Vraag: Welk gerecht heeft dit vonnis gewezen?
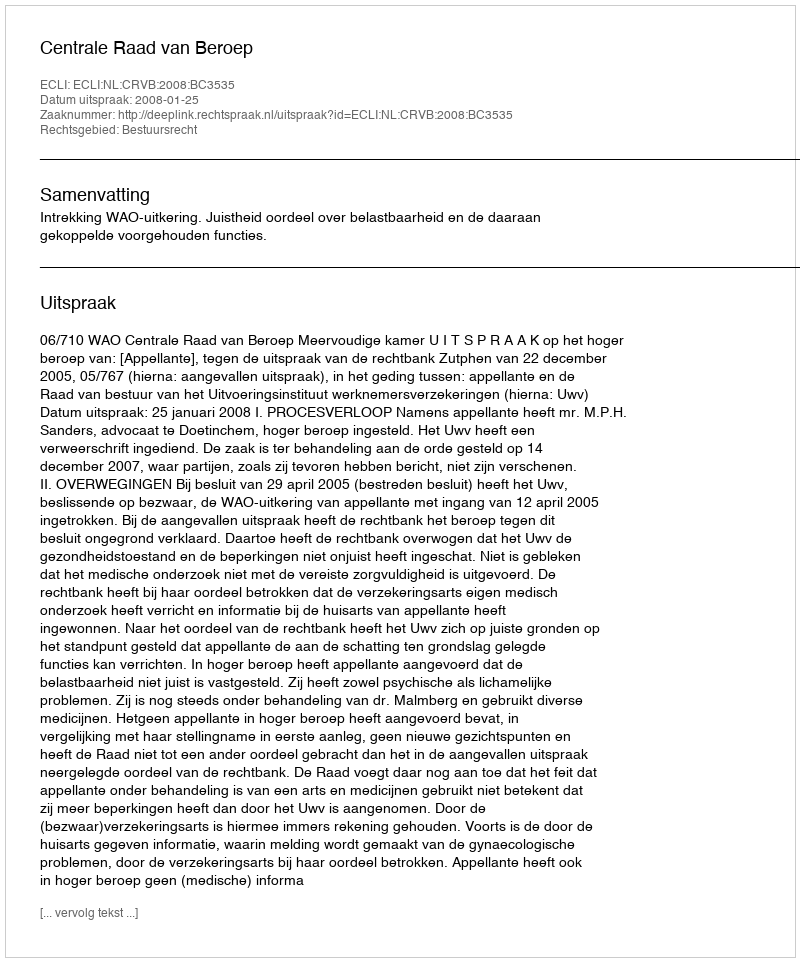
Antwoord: Centrale Raad van Beroep